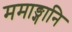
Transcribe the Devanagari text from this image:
ममाङ्गानि